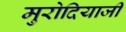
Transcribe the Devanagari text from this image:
मुरोदियाजी